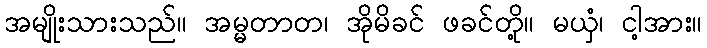
အမျိုးသားသည်။ အမ္မတာတ၊ အိုမိခင် ဖခင်တို့။ မယှံ၊ ငါ့အား။